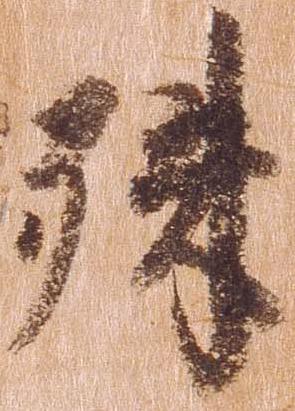
殊